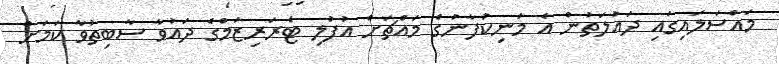
މައްސަލައިގައި ދައުލަތުން އެ މަނިކުފާނުގެ މައްޗަށް އުފުލި ޓެރަރިޒަމްގެ ދައުވާ ސާބިތުވާ ކަމަށް